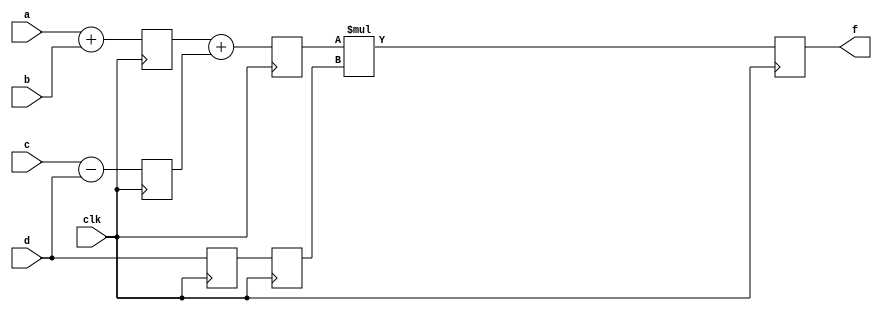
module pipe(f,a,b,c,d,clk);
parameter n=8;
output [n-1:0]f;
input clk;
input [n-1:0]a,b,c,d;
reg [n-1:0] l12_x1,l12_x2,l12_d,l23_x3,l23_d,l34_f;
assign f=l34_f;
always@(posedge clk)
begin
	l12_x1<= #4 a+b;
	l12_x2<= #4 c-d;
	l12_d<=d;
/*end

always@(posedge clk)
begin */
	l23_x3<= #4 l12_x1+l12_x2;
	l23_d<=l12_d;
/*end 

always@(posedge clk)
begin */
	l34_f<= #6 l23_x3*l23_d;
	
end  

endmodule